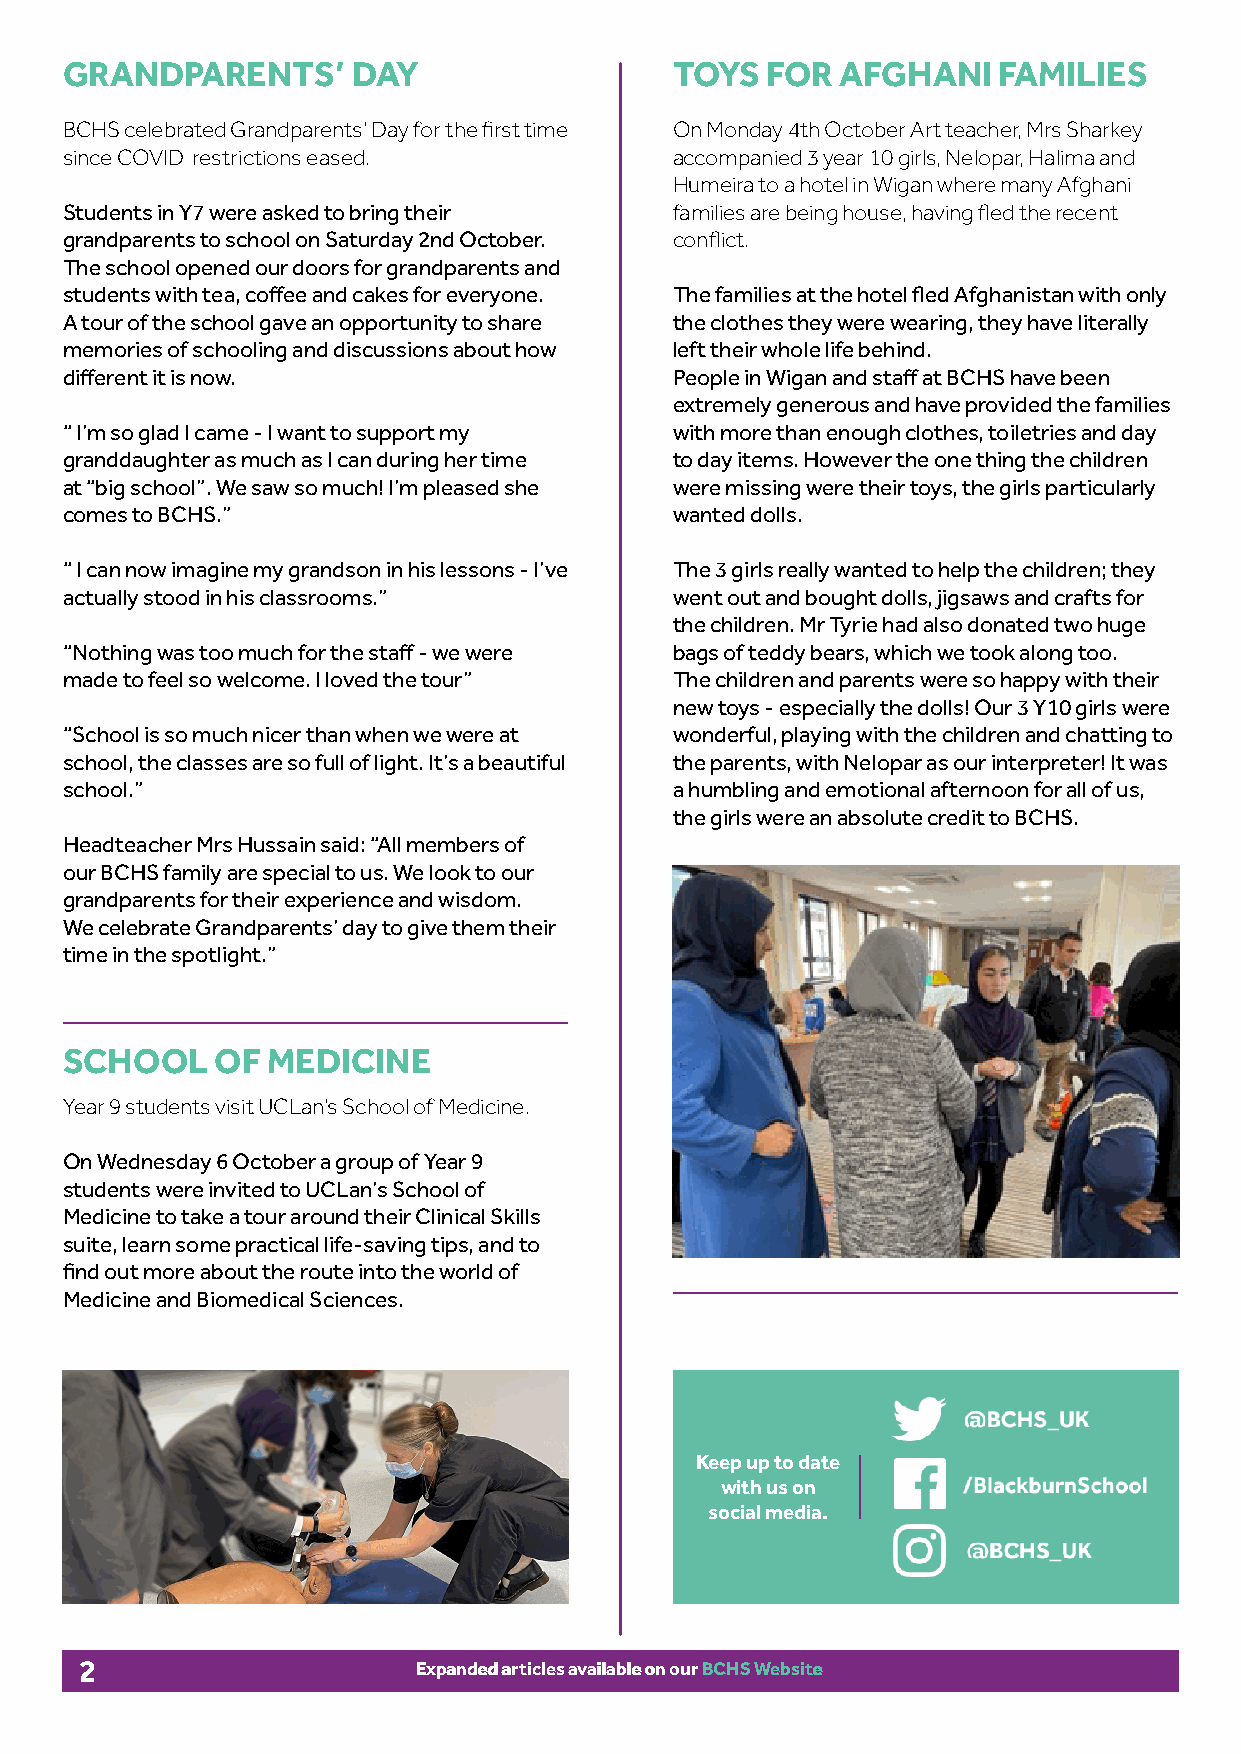
GRANDPARENTS’      DAY                   TOYS  FOR  AFGHANI   FAMILIES
 BCHS celebrated Grandparents’ Day for the first time On Monday 4th October Art teacher, Mrs Sharkey
 since COVID restrictions eased.          accompanied 3 year 10 girls, Nelopar, Halima and
 Humeira to a hotel in Wigan where many Afghani
 Students in Y7 were asked to bring their families are being house, having fled the recent
 grandparents to school on Saturday 2nd October. conflict.
 The school opened our doors for grandparents and
 students with tea, coffee and cakes for everyone. The families at the hotel fled Afghanistan with only
 A tour of the school gave an opportunity to share the clothes they were wearing, they have literally
 memories of schooling and discussions about how left their whole life behind.
 different it is now.                     People in Wigan and staff at BCHS have been
 extremely generous and have provided the families
 “ I’m so glad I came - I want to support my with more than enough clothes, toiletries and day
 granddaughter as much as I can during her time to day items. However the one thing the children
 at “big school”. We saw so much! I’m pleased she were missing were their toys, the girls particularly
 comes to BCHS.”                          wanted dolls.
 “ I can now imagine my grandson in his lessons - I’ve The 3 girls really wanted to help the children; they
 actually stood in his classrooms.”       went out and bought dolls, jigsaws and crafts for
 the children. Mr Tyrie had also donated two huge
 “Nothing was too much for the staff - we were bags of teddy bears, which we took along too.
 made to feel so welcome. I loved the tour” The children and parents were so happy with their
 new toys - especially the dolls! Our 3 Y10 girls were
 “School is so much nicer than when we were at wonderful, playing with the children and chatting to
 school, the classes are so full of light. It’s a beautiful the parents, with Nelopar as our interpreter! It was
 school.”                                 a humbling and emotional afternoon for all of us,
 the girls were an absolute credit to BCHS.
 Headteacher Mrs Hussain said: “All members of
 our BCHS family are special to us. We look to our
 grandparents for their experience and wisdom.
 We celebrate Grandparents’ day to give them their
 time in the spotlight.”
 SCHOOL    OF  MEDICINE
 Year 9 students visit UCLan’s School of Medicine.
 On Wednesday 6 October a group of Year 9
 students were invited to UCLan’s School of
 Medicine to take a tour around their Clinical Skills
 suite, learn some practical life-saving tips, and to
 find out more about the route into the world of
 Medicine and Biomedical Sciences.
 Keep up to date
 with us on
 social media.
 2                      EExxppaannddeedd aarrttiicclleess aavvaaiillaabbllee oonn oouurr BBCCHHSS WWeebbssiittee